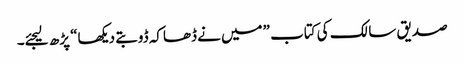
صدیق سالک کی کتاب ”میں نے ڈھاکہ ڈوبتے دیکھا“ پڑھ لیجئے۔